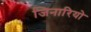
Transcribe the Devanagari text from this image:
जिनारियो